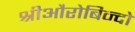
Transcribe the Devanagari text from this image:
श्रीऔरोबिन्दो